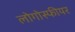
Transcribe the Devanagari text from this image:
लोगोस्फीयर